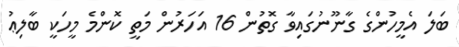
ބަލަ އެމީހުންގެ ގާނޫނުގައިވާ ގޮތުން 16 އަހަރުން މަތީ ކޮންމެ މީހަކީ ބާލިޢު